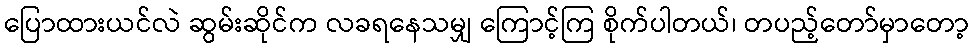
ပြောထားယင်လဲ ဆွမ်းဆိုင်က လခရနေသမျှ ကြောင့်ကြ စိုက်ပါတယ်၊ တပည့်တော်မှာတော့